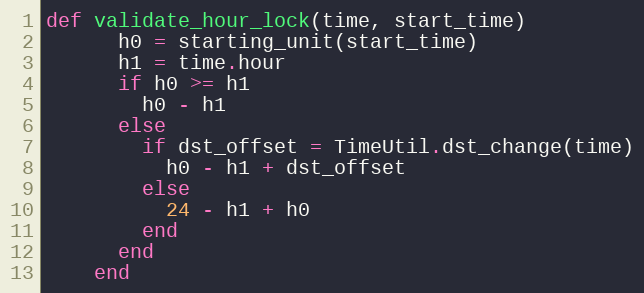
Language: Ruby
def validate_hour_lock(time, start_time)
      h0 = starting_unit(start_time)
      h1 = time.hour
      if h0 >= h1
        h0 - h1
      else
        if dst_offset = TimeUtil.dst_change(time)
          h0 - h1 + dst_offset
        else
          24 - h1 + h0
        end
      end
    end